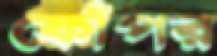
ফোঁপর